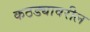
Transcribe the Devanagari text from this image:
कठड्यावरील